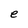
Character: e